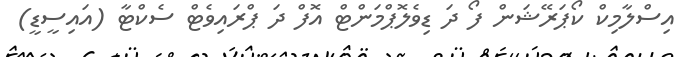
އިސްލާމިކް ކޯޕަރޭޝަން ފޯ ދަ ޑިވެލޮޕްމަންޓް އޮފް ދަ ޕްރައިވެޓް ސެކްޓާ (އައިސީޑީ)